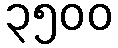
၃၅၀၀